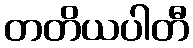
တတိယပါတီ